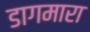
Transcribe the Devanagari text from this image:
डागमारा